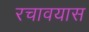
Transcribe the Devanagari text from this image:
रचावयास